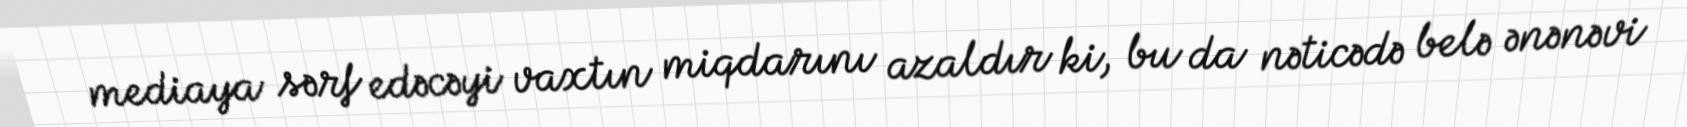
mediaya sərf edəcəyi vaxtın miqdarını azaldır ki, bu da nəticədə belə ənənəvi